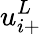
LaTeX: u_{i+}^{L}